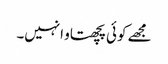
مجھے کوئی پچھتاو انہیں۔